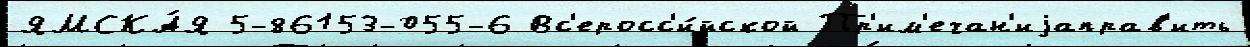
ЯМСКА́Я 5-86153-055-6 Вс'еросс'и́йской Пр'им'ечан'иjаправ'ить